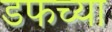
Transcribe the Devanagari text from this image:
डफच्या